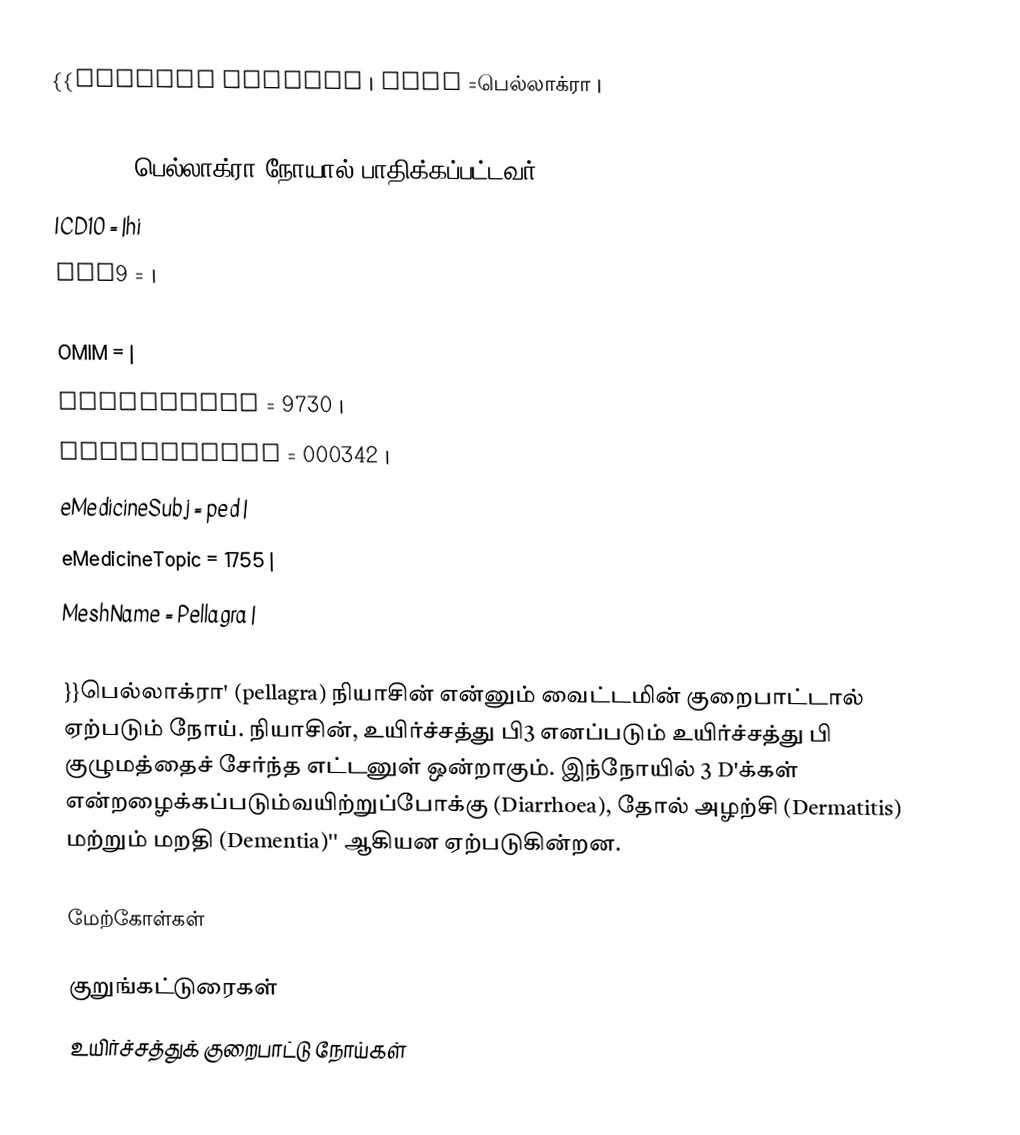
{{Infobox disease |  Name           =பெல்லாக்ரா |
  Image          = Pellagra NIH.jpg |
  Caption        =பெல்லாக்ரா நோயால் பாதிக்கப்பட்டவர்|
  ICD10          =  |hi
  ICD9           =  |
  ICDO           = |
  OMIM           = |
  DiseasesDB     = 9730 |
  MedlinePlus    = 000342 |
  eMedicineSubj  = ped |
  eMedicineTopic = 1755 |
  MeshName       = Pellagra |
  MeshNumber     = C18.654.521.500.133.699.529 |
}}பெல்லாக்ரா' (pellagra) நியாசின் என்னும் வைட்டமின் குறைபாட்டால் ஏற்படும்  நோய். நியாசின், உயிர்ச்சத்து பி3 எனப்படும் உயிர்ச்சத்து பி குழுமத்தைச் சேர்ந்த எட்டனுள் ஒன்றாகும். இந்‌நோயில் 3 D'க்கள் என்றழைக்கப்படும்வயிற்றுப்போக்கு (Diarrhoea), தோல் அழற்சி (Dermatitis) மற்றும் மறதி (Dementia)'' ஆகியன ஏற்படுகின்றன.

மேற்கோள்கள்

குறுங்கட்டுரைகள்
உயிர்ச்சத்துக் குறைபாட்டு நோய்கள்